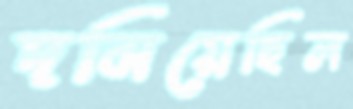
দমিয়েছিল